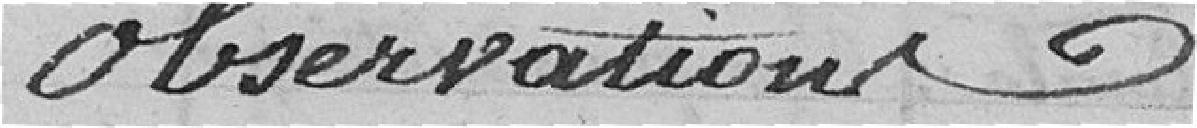
observations